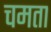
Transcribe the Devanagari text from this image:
चमता